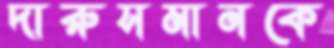
দারুসমানকে